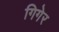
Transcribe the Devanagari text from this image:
गिगेर